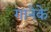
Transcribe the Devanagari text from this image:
गानेके